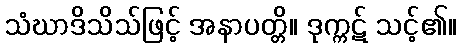
သံဃာဒိသိသ်ဖြင့် အနာပတ္တိ။ ဒုက္ကဋ် သင့်၏။